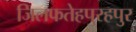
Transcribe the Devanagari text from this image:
जिलफतेहपुरहपुर